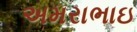
અમરાભાઇ